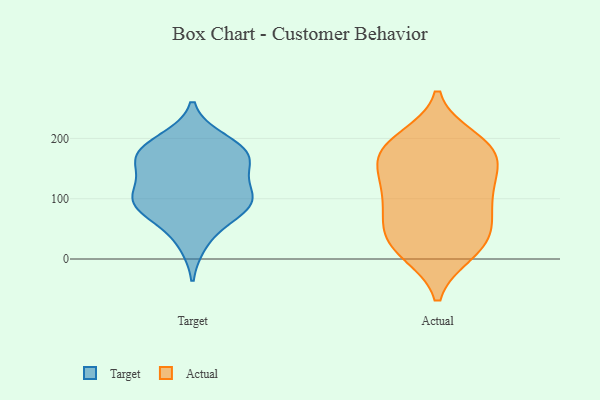
{"axis": {"x": "LTV (USD)", "y": "Value"}, "legend": ["Actual", "Target"], "data": [{"x": "", "y": 89, "type": "Target"}, {"x": "", "y": 111, "type": "Target"}, {"x": "", "y": 27, "type": "Target"}, {"x": "", "y": 185, "type": "Target"}, {"x": "", "y": 197, "type": "Target"}, {"x": "", "y": 69, "type": "Target"}, {"x": "", "y": 161, "type": "Target"}, {"x": "", "y": 174, "type": "Target"}, {"x": "", "y": 172, "type": "Target"}, {"x": "", "y": 92, "type": "Target"}, {"x": "", "y": 91, "type": "Target"}, {"x": "", "y": 161, "type": "Target"}, {"x": "", "y": 127, "type": "Target"}, {"x": "", "y": 97, "type": "Target"}, {"x": "", "y": 50, "type": "Actual"}, {"x": "", "y": 64, "type": "Actual"}, {"x": "", "y": 121, "type": "Actual"}, {"x": "", "y": 142, "type": "Actual"}, {"x": "", "y": 10, "type": "Actual"}, {"x": "", "y": 35, "type": "Actual"}, {"x": "", "y": 175, "type": "Actual"}, {"x": "", "y": 65, "type": "Actual"}, {"x": "", "y": 177, "type": "Actual"}, {"x": "", "y": 179, "type": "Actual"}, {"x": "", "y": 12, "type": "Actual"}, {"x": "", "y": 199, "type": "Actual"}, {"x": "", "y": 172, "type": "Actual"}, {"x": "", "y": 112, "type": "Actual"}, {"x": "", "y": 191, "type": "Actual"}, {"x": "", "y": 119, "type": "Actual"}, {"x": "", "y": 19, "type": "Actual"}, {"x": "", "y": 92, "type": "Actual"}]}